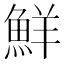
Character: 鮮